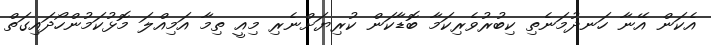
އެކަން އޭނާ ހަނދުމަނެތި ކިބުރުވެރިކަމާ ބޮޑާކަން ކުރިޔަށްނެރި މިއީ ތިމާ އަމިއްލަ މޮޅުކަމުންހޯދައިގަތް